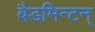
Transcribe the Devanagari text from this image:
बैडमिन्टन्